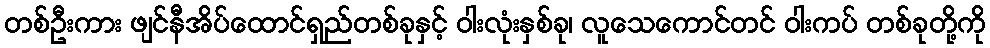
တစ်ဦးကား ဖျင်နီအိပ်ထောင်ရှည်တစ်ခုနှင့် ဝါးလုံးနှစ်ခု၊ လူသေကောင်တင် ဝါးကပ် တစ်ခုတို့ကို